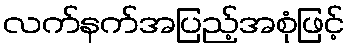
လက်နက်အပြည့်အစုံဖြင့်